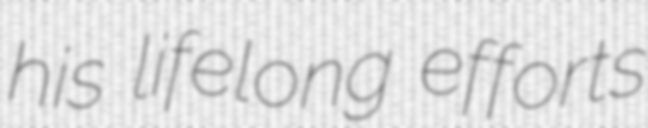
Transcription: his lifelong efforts